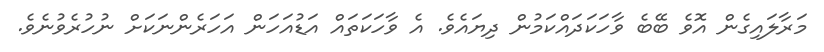
މަރާލައިގެން އޮވެ ބޭބެ ވާހަކަދައްކަމުން ދިޔައެވެ. އެ ވާހަކަތައް އަޑުއަހަން އަހަރެންނަކަށް ނުހުރެވުނެވެ.